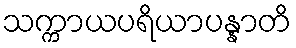
သက္ကာယပရိယာပန္နာတိ